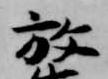
放